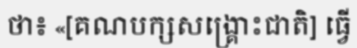
ថា៖ «[គណបក្សសង្គ្រោះជាតិ] ធ្វើ